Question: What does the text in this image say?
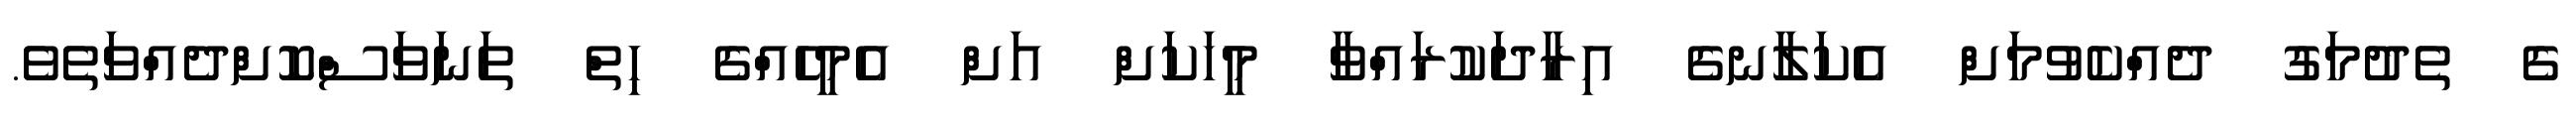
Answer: ގެ ތެދުމަގު ދެއްކެވުމަށް އެކަލާނގެ އިރާދަކުރައްވާ މީހަކަށް އަށް އެމީހެއްގެ ހިތް ތަނަވަސްކޮށްދެއްވަތެވެ.